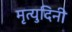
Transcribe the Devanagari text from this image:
मृत्युदिनी